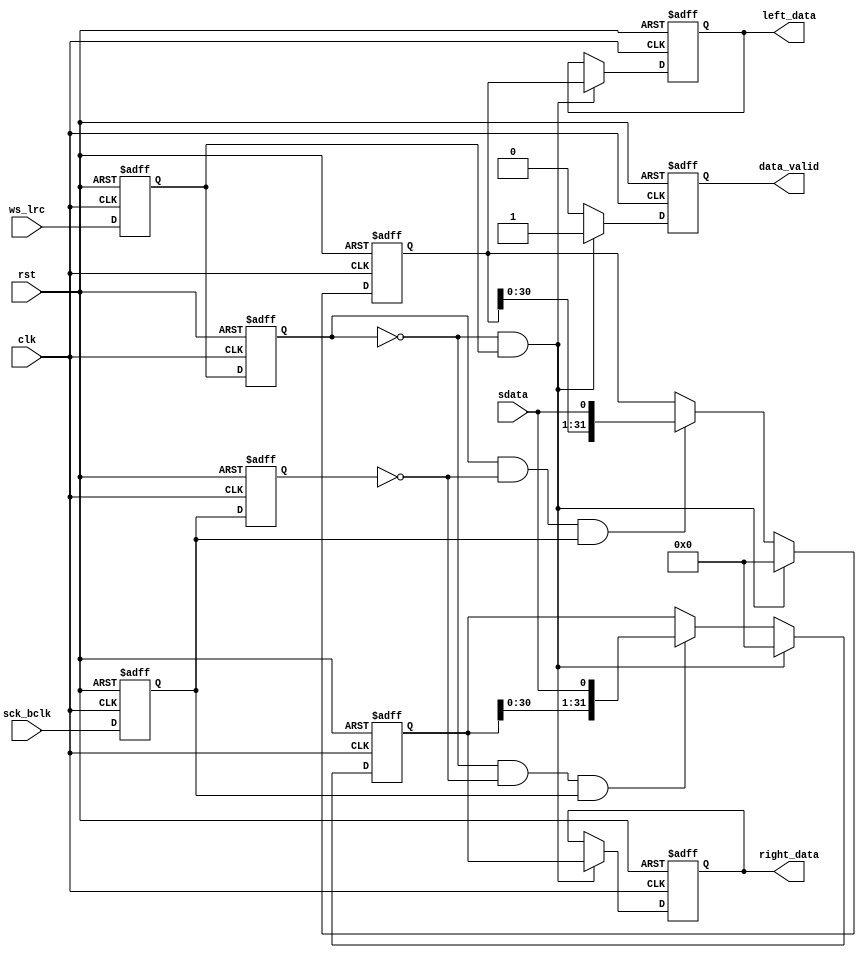
module audio_rx
(
	input                            rst,                  
	input                            clk,  
	input                            sck_bclk,     //audio bit clock
	input                            ws_lrc,       //ADC sample rate left right clock
	input                            sdata,        //ADC audio data
	output reg[31:0]                 left_data,    //left channel audio data ,ws_lrc = 1
	output reg[31:0]                 right_data,   //right channel audio data,ws_lrc = 0
	output reg                       data_valid    //audio data valid

);
reg                                  sck_bclk_d0;  //delay sck_bclk
reg                                  sck_bclk_d1;  //delay sck_bclk
reg                                  ws_lrc_d0;    //delay ws_lrc
reg                                  ws_lrc_d1;    //delay ws_lrc 
reg[31:0]                            left_data_shift; //left channel audio data shift register
reg[31:0]                            right_data_shift;//right channel audio data shift register

always@(posedge clk or posedge rst)
begin
	if(rst == 1'b1)
	begin
		sck_bclk_d0 <= 1'b0;
		sck_bclk_d1 <= 1'b0;
		ws_lrc_d0 <= 1'b0;
		ws_lrc_d1 <= 1'b0;
	end
	else
	begin
		sck_bclk_d0 <= sck_bclk;
		sck_bclk_d1 <= sck_bclk_d0;
		ws_lrc_d0 <= ws_lrc;
		ws_lrc_d1 <= ws_lrc_d0;
	end
end

always@(posedge clk or posedge rst)
begin
	if(rst == 1'b1)
		left_data_shift <= 32'd0;
	else if(ws_lrc_d1 == 1'b0 && ws_lrc_d0 == 1'b1)//ws_lrc posedge
		left_data_shift <= 32'd0;
	else if(ws_lrc_d1 == 1'b1 && sck_bclk_d1 == 1'b0 && sck_bclk_d0 == 1'b1)//ws_lrc = 1 ,sck_bclk posedge
		left_data_shift <= {left_data_shift[30:0],sdata};
end

always@(posedge clk or posedge rst)
begin
	if(rst == 1'b1)
		right_data_shift <= 32'd0;
	else if(ws_lrc_d1 == 1'b0 && ws_lrc_d0 == 1'b1)//ws_lrc posedge
		right_data_shift <= 32'd0;
	else if(ws_lrc_d1 == 1'b0 && sck_bclk_d1 == 1'b0 && sck_bclk_d0 == 1'b1)//ws_lrc = 0 ,sck_bclk posedge
		right_data_shift <= {right_data_shift[30:0],sdata};
end

always@(posedge clk or posedge rst)
begin
	if(rst == 1'b1)
	begin
		left_data <= 32'd0;
		right_data <= 32'd0;
	end
	else if(ws_lrc_d1 == 1'b0 && ws_lrc_d0 == 1'b1)//ws_lrc posedge
	begin
		left_data <= left_data_shift;
		right_data <= right_data_shift;
	end
end

always@(posedge clk or posedge rst)
begin
	if(rst == 1'b1)
		data_valid <= 1'b0;
	else if(ws_lrc_d1 == 1'b0 && ws_lrc_d0 == 1'b1)//ws_lrc posedge
		data_valid <= 1'b1;
	else
		data_valid <= 1'b0;
end

endmodule